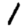
Digit: 1